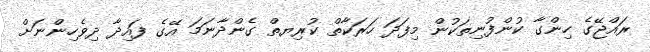
ރައްޖޭގެ ހިންގާ ކުންފުނިތަކުން މިފަދަ ހަރަކާތް ކުރިޔތް ގެންދާނަމަ އޭގެ ފައިދާ ދިވެހިންނަށް